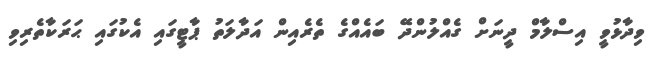
ވިދާޅުވީ އިސްލާމް ދީނަށް ގެއްލުންދޭ ބައެއްގެ ތެރެއިން އަދާލަތު ޕާޓީގައި އެކުގައި ޙަރަކާތެރިވި